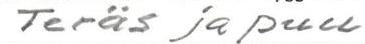
Teräs ja puu